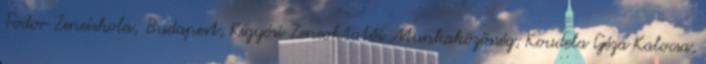
Fodor Zeneiskola, Budapest, Kígyósi Zeneoktatói Munkaközösség; Koudela Géza Kalocsa,